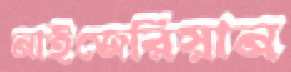
নাইজেরিয়ান